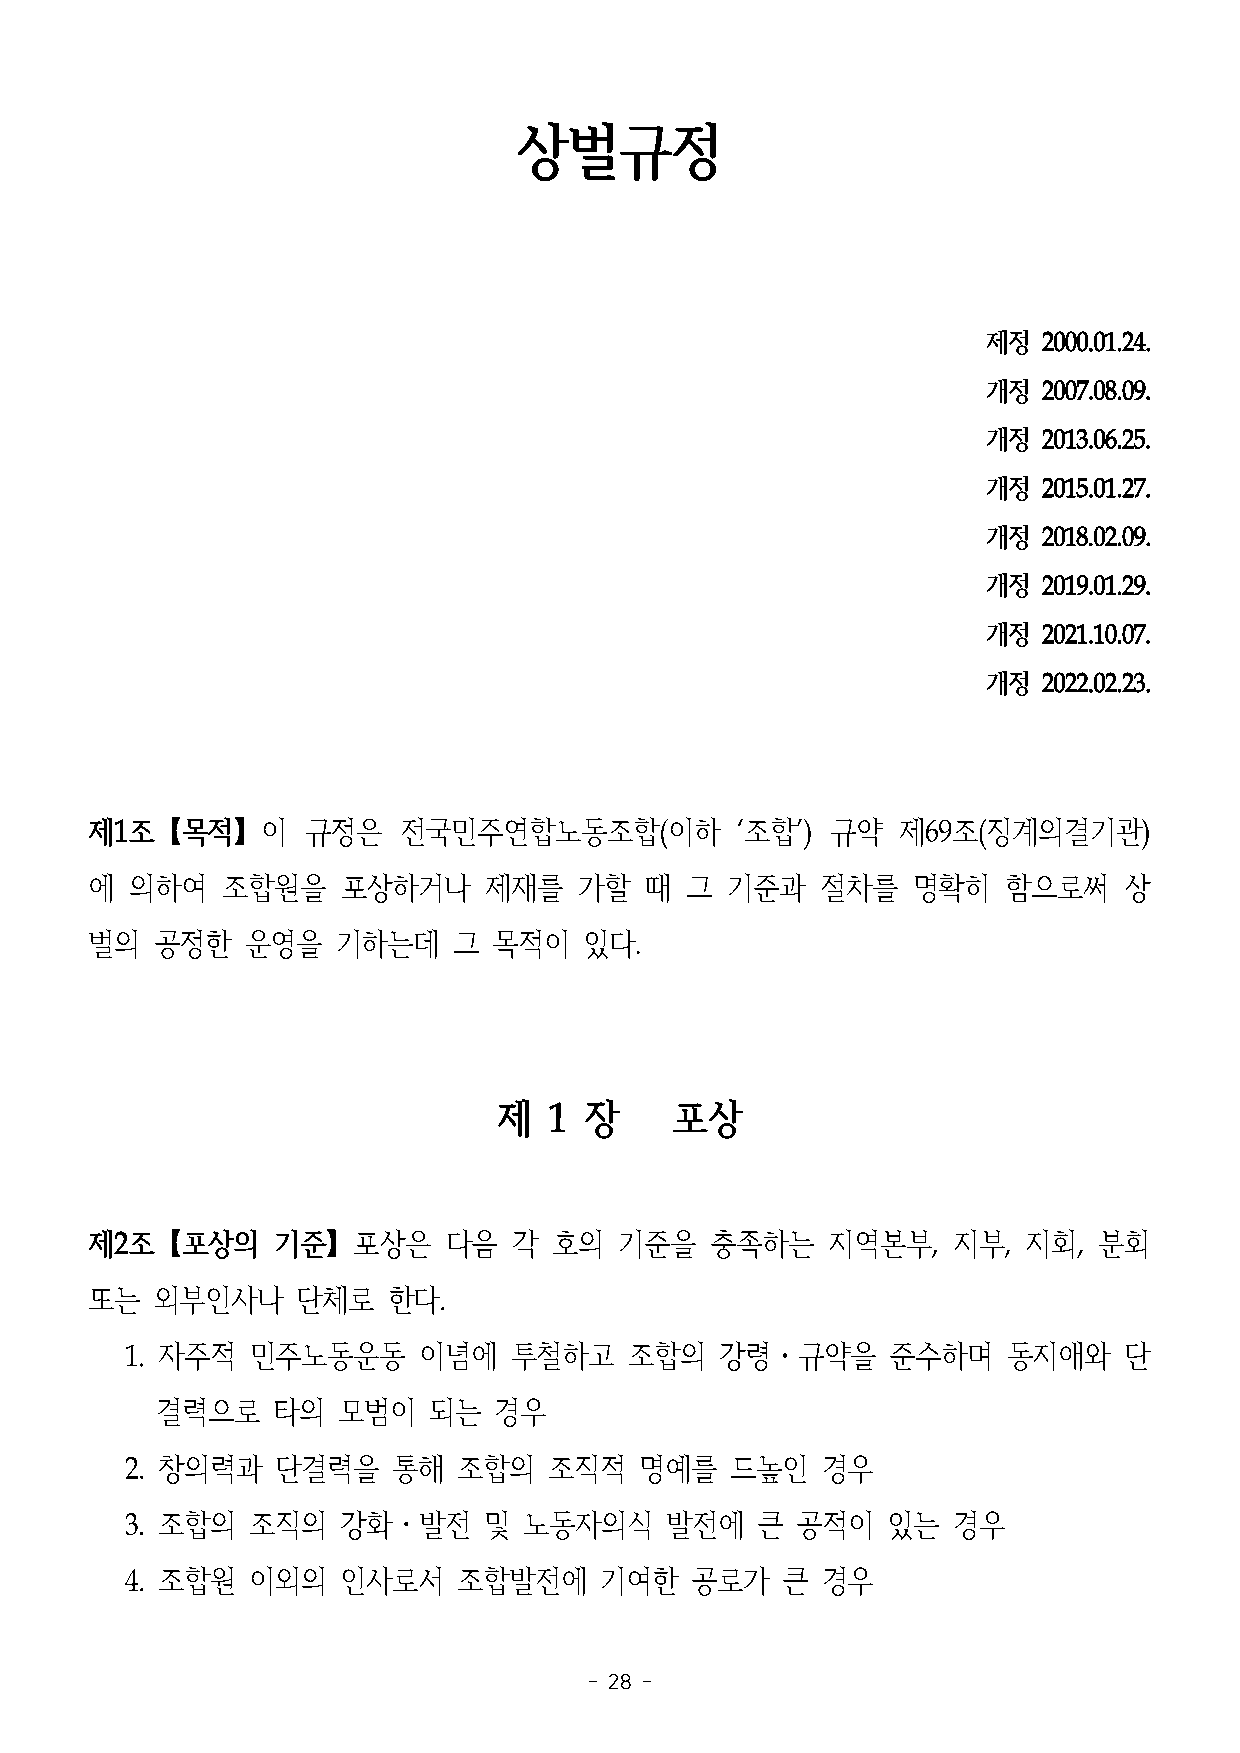
상벌규정
 제정  2000.01.24.
 개정  2007.08.09.
 개정  2013.06.25.
 개정  2015.01.27.
 개정  2018.02.09.
 개정  2019.01.29.
 개정  2021.10.07.
 개정  2022.02.23.
 제1조【목적】이      규정은   전국민주연합노동조합(이하          ‘조합’) 규약   제69조(징계의결기관)
 에  의하여   조합원을    포상하거나    제재를   가할   때 그  기준과   절차를   명확히    함으로써   상
 벌의  공정한   운영을   기하는데    그  목적이   있다.
 제  1  장     포상
 제2조【포상의     기준】포상은     다음   각  호의  기준을   충족하는    지역본부,   지부,  지회,  분회
 또는  외부인사나     단체로   한다.
 1. 자주적   민주노동운동     이념에   투철하고    조합의   강령․규약을     준수하며    동지애와   단
 결력으로    타의  모범이   되는   경우
 2. 창의력과   단결력을    통해  조합의   조직적   명예를   드높인   경우
 3. 조합의  조직의    강화․발전    및  노동자의식    발전에   큰  공적이   있는  경우
 4. 조합원  이외의    인사로서   조합발전에     기여한   공로가   큰 경우
 - 28 -